Vaccination United Provinces of Agra and Oudh 1902-1913 - 1902-1913
Year: 1902
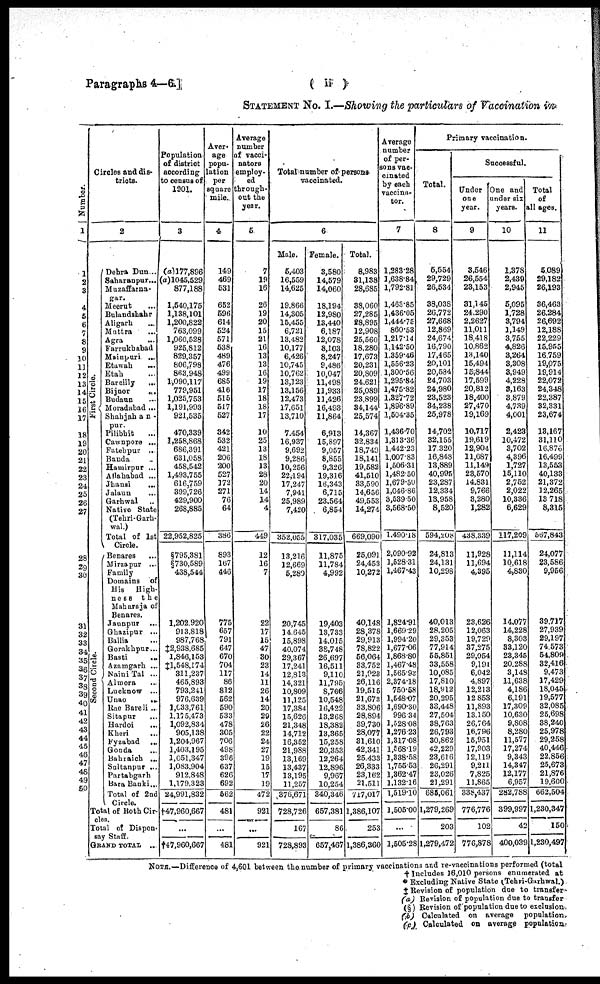
Paragraphs 4—6]
( ii )
STATEMENT No. I.—Showing the particulars of Vaccination in
Number.
1
1
2
3
4
5
6
7
8
9
10
11
12
13
14
15
16
17
18
19
20
21
22
23
24
25
26
27
28
29
30
31
32
33
34
35
36
37
38
39
40
41
42
43
44
45
46
47
48
49
50
Circles and dis-
tricts.
2
First Circle.
Second Circle.
Dehra Dun ...
Saharanpur...
Muzaffarna-
gar.
Meerut ...
Bulandshahr
Aligarh ...
Muttra ...
Agra ...
Farrukhabad
Mainpuri ...
Etawah ...
Etah ...
Bareilly ...
Bijnor
...
Budaun ...
Moradabad ...
Shahjahan-
pur.
Pilibhit ...
Cawnpore ...
Fatehpur ..
Banda ...
Hamirpur ...
Allahabad ...
Jhansi
...
Jalaun ...
Garhwal ...
Native State
(Tehri-Garh-
wal.)
Total of 1st
Circle.
Benares ...
Mirzapur ...
Family
Domains
of
His
High-
ness
the
Maharaja of
Benares.
Jaunpur
...
Ghazipur ...
Ballia ...
Gorakhpur...
Basti ...
Azamgarh ...
Naini Tal ...
Almora ...
Lucknow ...
Unao
...
Rae Bareli ...
Sitapur ...
Hardoi ...
Kheri ...
Fyzabad
...
Gonda ...
Bahraich ...
Sultanpur ...
Partabgarh
Bara Banki...
Total of 2nd
Circle.
Total of Both Cir-
cles.
Total of Dispen-
say Staff.
GRAND TOTAL ...
Population
of district
according
to census of
1901.
3
(a)177,896
(a)1045,529
877,188
1,540,175
1,138,101
1,200,822
763,099
1,060,528
925,812
829,357
806,798
863,948
1,090,117
779,951
1,025,753
1,191,993
921,535
470,339
1,258,868
686,391
631,058
458,542
1,493,755
616,759
399,726
429,900
268,885
22,952,825
§795,381
§730,589
438,544
1,202.920
913,818
987,768
‡2,938,685
1,846,153
‡1,548,174
311,237
465,893
793,241
976,639
1,033,761
1,175,473
1,092,834
905,138
1,204,967
1,403,195
1,051,347
1,083,904
912,848
1,179.323
24,991,832
†47,960,667
...
†47,960,667
Aver-
age
popu-
lation
per
square
mile.
4
149
469
531
652
596
614
524
571
538
489
476
499
685
416
515
517
527
342
532
421
206
200
527
172
271
76
64
386
893
167
446
775
657
791
647
670
704
117
86
812
562
590
533
478
305
706
498
396
637
626
692
562
481
...
481
Average
number
of vacci-
nators
employ-
ed
through-
out the
year.
5
7
19
16
26
19
20
15
21
16
13
13
16
19
17
18
18
17
10
25
13
18
13
28
20
14
14
4
449
12
16
7
22
17
15
47
30
23
14
11
26
14
20
29
26
22
24
27
19
15
17
19
472
921
...
921
Total number of persons
vaccinated.
6
Male.
5,403
16,559
14,625
19,866
14,305
15,455
6,721
13,482
10,177
6,426
10,745
10,762
13,123
13,156
12,473
17,651
13,710
7,454
16,937
9,692
9,286
10,256
22,194
17,247
7,941
25,989
7,420
352,055
13,216
12,669
5,280
20,745
14,645
15,898
40,074
29,367
17,241
12,813
14,321
10,809
11,125
17,384
15,626
21,348
14,712
16,352
21,988
13,169
13,437
13,195
11,257
376,671
728,726
167
728,893
Female.
3,580
14,579
14,060
18,194
12,980
13,440
6,187
12,078
8,103
8,247
9,486
10,047
11,498
11,933
11,426
16,493
11,864
6,913
15,897
9,057
8,855
9,326
19,316
16,343
6,715
23,564
6,854
317,035
11,875
11,784
4,992
19,403
13,733
14,015
38,748
26,697
16,511
9,110
11,795
8,706
10,548
16,422
13,268
18,382
13,365
15,258
20,353
12,264
12,896
9,967
10,254
340,346
657,381
86
657,467
Total.
8,983
31,138
28,685
38,060
27,285
28,895
12,908
25,560
18,280
17,673
20,231
20,809
24,621
25,089
23,899
34,144
25,574
14,367
32,834
18,749
18,141
19,582
41,510
33,590
14,656
49,553
14,274
669,090
25,091
24,453
10,272
40,148
28,378
29,913
78,822
56,064
33,752
21,923
26,116
19,515
21,673
33,806
28,894
39,730
28,077
31,610
42,341
25,433
26,333
23,162
21,511
717,017
1,386,107
253
1,386,360
Average
of per-
sons vac-
cinated
by each
vaccina-
tor.
7
1,283.28
1,638.84
1,792.81
1,463.85
1,436.05
1,444.75
860.53
1,217.14
1,142.50
1,359.46
1,556.23
1,300.56
1,295.84
1,475.82
1,327.72
1,896.89
1,504.35
1,436.70
1,313.36
1,442.23
1,007.83
1,506.31
1,482.50
1,679.50
1,046.86
3,539.50
3,568.50
1,490.18
2,090.92
1,528.31
1,467.43
1,824.91
1,669.29
1,994.20
1,677.06
1,868.80
1,467.48
1,565.93
2,374.18
750.58
1,548.07
1,690.30
996.34
1,528.08
1,276.23
1,317.08
1,568.19
1,338.58
1,755.53
1,362.47
1,132.16
1,519.10
1,505.00
...
1,505.28
Primary vaccination.
Total.
8
5,554
29,729
26,534
38,038
26,772
27,668
12,869
24,674
16,790
17,465
20,101
20,584
24,703
24,980
23,523
34,238
25,978
14,702
32,155
17,320
16,848
13,889
40,995
23,287
12,334
13,958
8,520
594,208
24,813
24,131
10,298
40,013
28,205
29,353
77,914
55,851
33,558
10,085
17,810
18,912
20,295
33,448
27,504
38,763
26,793
30,862
42,229
23,616
26,291
23,026
21,291
685,061
1,279,269
203
1,279,472
Successful.
Under
one
year.
9
3,546
26,554
23,153
31,145
24,290
2,2627
11,011
18,418
10,862
13,140
15,494
15,844
17,599
20,812
18,400
27,470
19,169
10,717
19,619
12,904
11,687
11,149
23,570
14,831
9,766
3,280
1,282
438,339
11,928
11,694
4,395
23,626
12,063
19,729
37,275
29,054
9,191
6,042
4,897
12,213
12,853
11,893
13,150
26,764
16,796
15,951
17,903
12,119
9,211
7,825
11,865
338,437
776,776
102
776,878
One and
under six
years.
10
1,878
2,439
2,945
5,095
1,728
3,794
1,149
3,755
4,826
3,264
3,308
3,949
4,228
3,163
3,879
4,739
4,001
2,423
10,472
3,702
4,396
1,727
15,110
2,752
2,022
10,336
6,629
117,209
11,114
10,618
4,830
14,077
14,228
8,303
33,120
23,345
20,288
3,148
11,638
4,186
6,191
17,309
10,630
9,808
8,280
11,577
17,274
9,343
14,347
12,177
6,957
282,788
399,997
42
400,039
Total
of
all ages.
11
5,089
29,182
26,193
36,463
26,284
26,692
12,188
22,229
15,955
16,759
19,075
19,914
22,072
24,348
22,387
32,331
23,674
13,167
31,110
16,876
16,499
13,553
40,133
21,372
12,265
13,718
8,315
567,843
24,077
23,586
9,956
39,717
27,939
29,197
74,573
54,809
32,416
9,473
17,429
18,045
19,577
32,085
25,698
38,240
25,978
29,258
40,446
22,856
25,673
21,876
19,600
662,504
1,230,347
150
1,230,497
NOTE.—Difference of 4,601 between the number of primary vaccinations and re-vaccinations performed (total
† Includes 16,010 persons enumerated at
* Excluding Native State (Tehri-Garhwal.)
‡ Revision of population due to transfer
(a) Revision of population due to transfer
(§) Revision of population due to exclusion
(b) Calculated on average population
(c) Calculated on average population